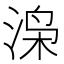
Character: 𬇼